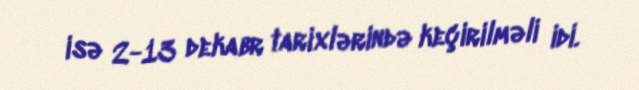
isə 2-13 dekabr tarixlərində keçirilməli idi.